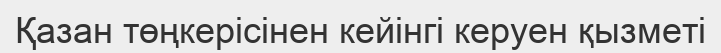
Қазан төңкерісінен кейінгі керуен қызметі